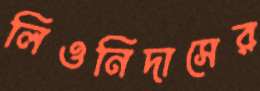
লিওনিদাসের